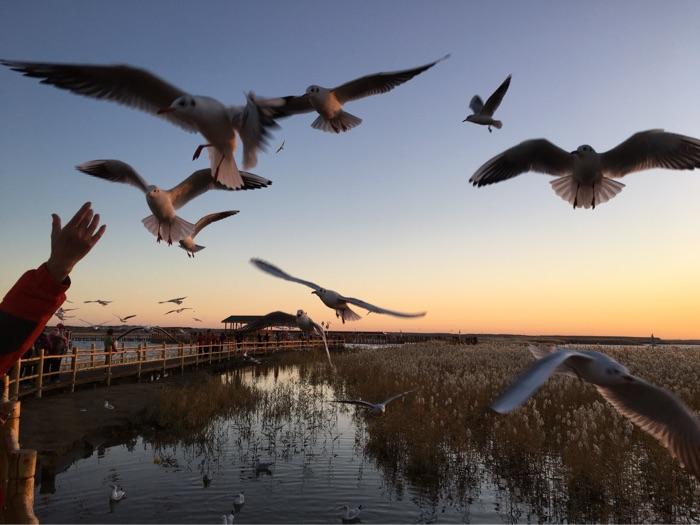
征蓬出汉塞，归雁入胡天。